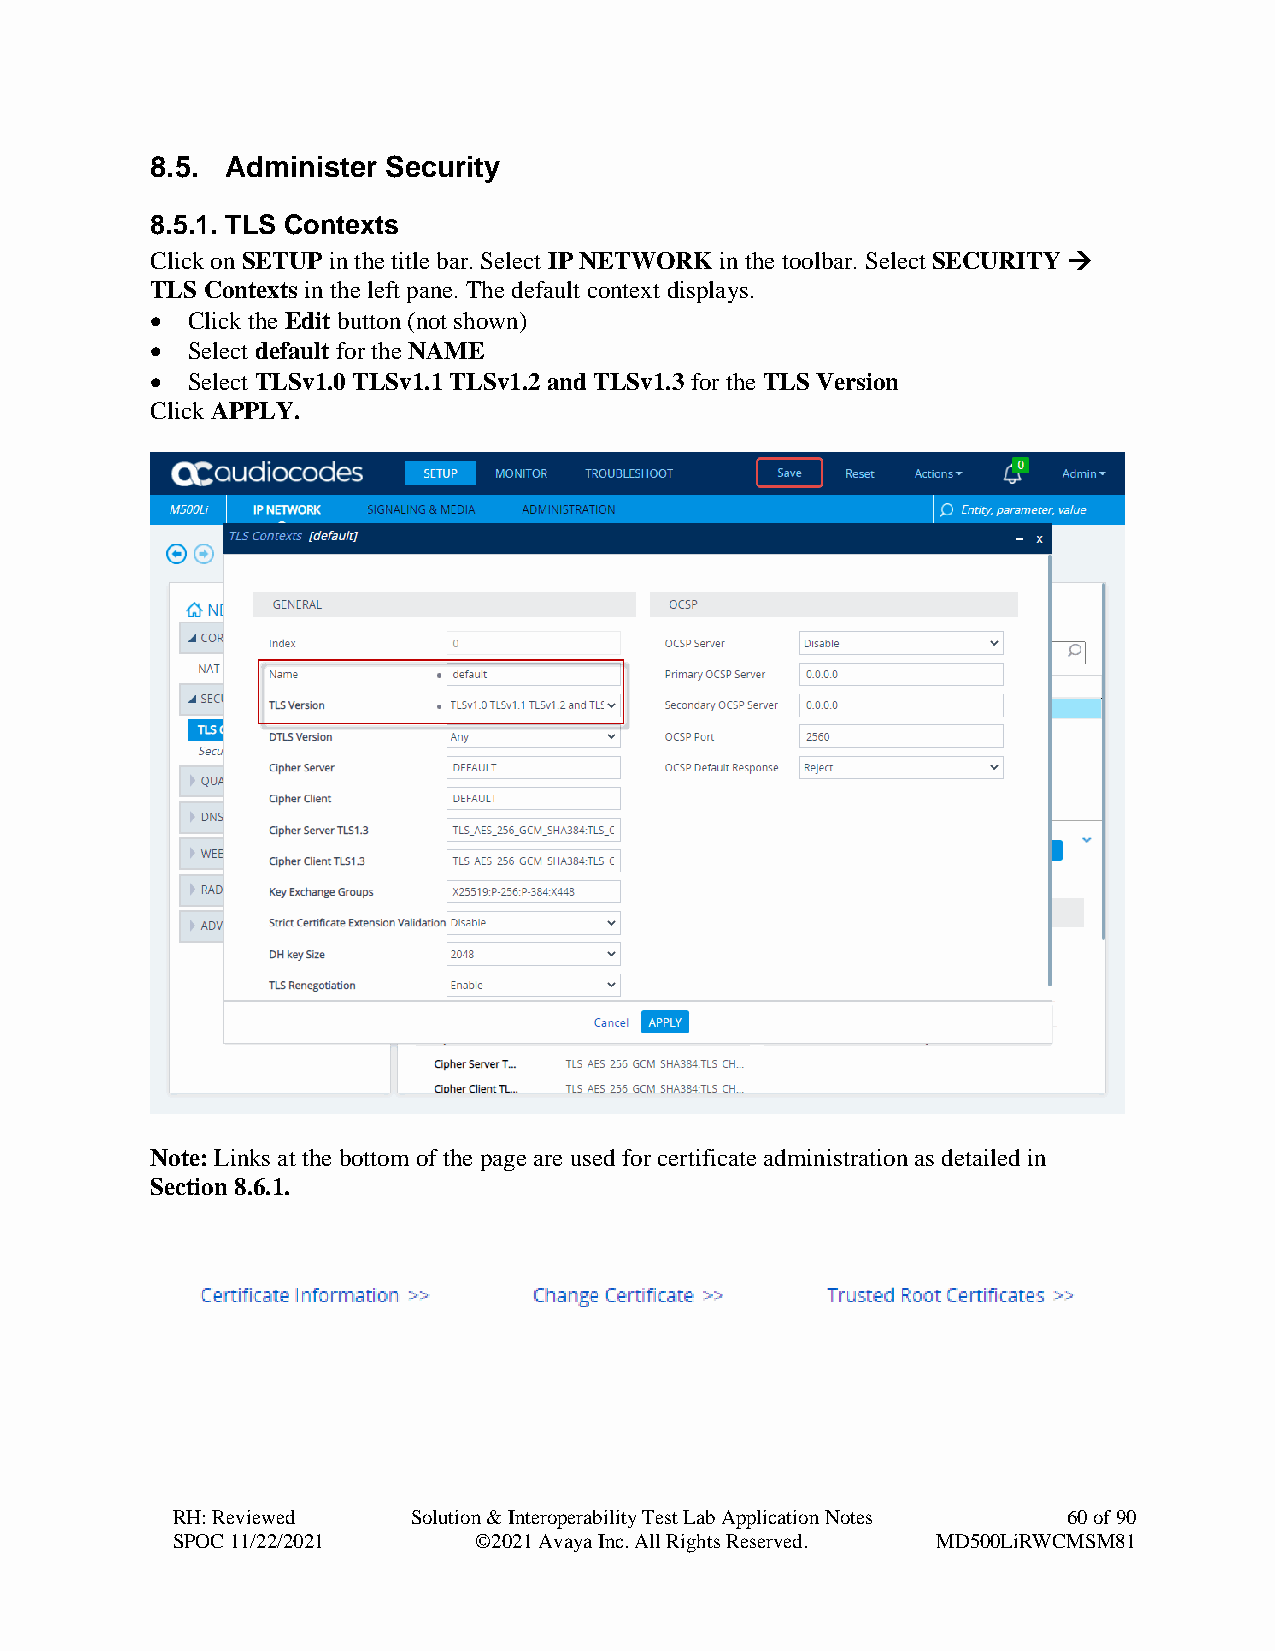
8.5. Administer Security
 8.5.1. TLS Contexts
 Click on SETUP in the title bar. Select IP NETWORK in the toolbar. Select SECURITY →
 TLS Contexts in the left pane. The default context displays.
 • Click the Edit button (not shown)
 • Select default for the NAME
 • Select TLSv1.0 TLSv1.1 TLSv1.2 and TLSv1.3 for the TLS Version
 Click APPLY.
 Note: Links at the bottom of the page are used for certificate administration as detailed in
 Section 8.6.1.
 RH: Reviewed    Solution & Interoperability Test Lab Application Notes 60 of 90
 SPOC 11/22/2021     ©2021 Avaya Inc. All Rights Reserved. MD500LiRWCMSM81